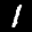
Label: 1